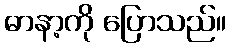
ဓာနာ့ကို ပြောသည်။